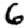
Digit: 6